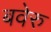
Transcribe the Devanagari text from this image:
बवेरु